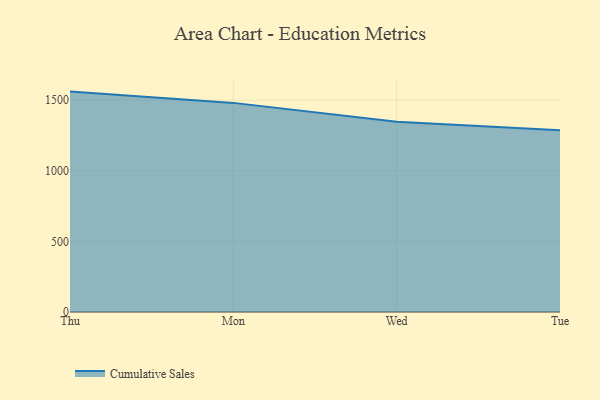
{"axis": {"x": "Day", "y": "Churn Rate (%)"}, "legend": ["Cumulative Sales"], "data": [{"x": "Thu", "y": 1560.6, "type": "Cumulative Sales"}, {"x": "Mon", "y": 1480.7, "type": "Cumulative Sales"}, {"x": "Wed", "y": 1347.8, "type": "Cumulative Sales"}, {"x": "Tue", "y": 1286.5, "type": "Cumulative Sales"}]}